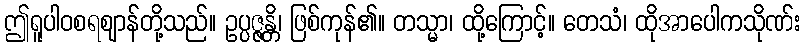
ဤရူပါဝစရဈာန်တို့သည်။ ဥပ္ပဇ္ဇန္တိ၊ ဖြစ်ကုန်၏။ တသ္မာ၊ ထို့ကြောင့်။ တေသံ၊ ထိုအာပေါကသိုဏ်း